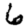
Digit: 6